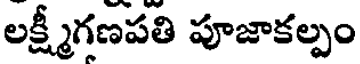
లక్ష్మీగణపతి పూజాకల్పం